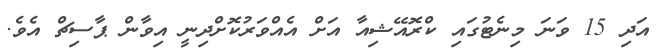
އަދި 15 ވަނަ މިނެޓުގައި ކްރޮއޭޝިއާ އަށް އެއްވަރުކޮށްދިނީ އިވާން ޕާސިޗް އެވެ.